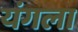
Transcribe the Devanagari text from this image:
यंगला